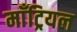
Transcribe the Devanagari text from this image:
माँट्रियल